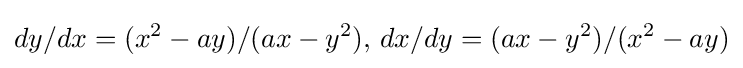
dy/dx=(x^{2}-ay)/(ax-y^{2}),\,dx/dy=(ax-y^{2})/(x^{2}-ay)